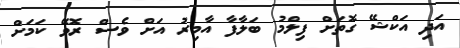
އަދި އަކްޝޭ ގޮތަށް ފިލްމު ބަލާފާ އާމިރު އަށް ވެސް ރޮވޭ ކަމަށް